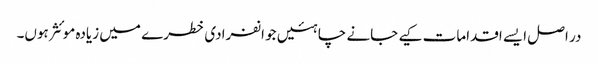
در اصل ایسے اقدامات کیے جانے چاہئیں جو انفرادی خطرے میں زیادہ موئثر ہوں۔